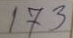
173